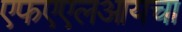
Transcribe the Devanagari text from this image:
एफएएलआयचा